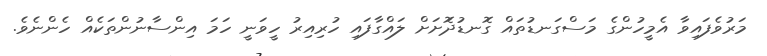
މަރުވެފައިވާ އެމީހުންގެ މަސްގަނޑުތައް ގޮނޑުދޮަށަށް ލައްގާފައި ހުރިއިރު ހީވަނީ ހަމަ އިންސާނުންތަކެއް ހެންނެވެ.